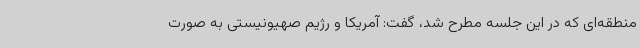
منطقه‌ای که در این جلسه مطرح شد، گفت: آمریکا و رژیم صهیونیستی به صورت